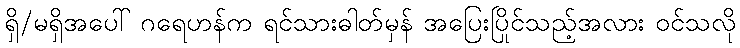
ရှိ/မရှိအပေါ် ဂရေဟန်က ရင်သားဓါတ်မှန် အပြေးပြိုင်သည့်အလား ဝင်သလို